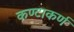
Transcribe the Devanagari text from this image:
कण्टाकर्ण